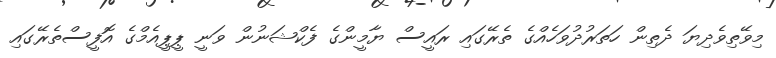
މިވޭތިވެދިޔަ ދެތިން ހަތަރުދުވަހެއްގެ ތެރޭގައި ރައީސް ޔާމީންގެ ފެކްޝަނުން ވަނީ ޕީޕީއެމްގެ އޮފީސްތެރޭގައި